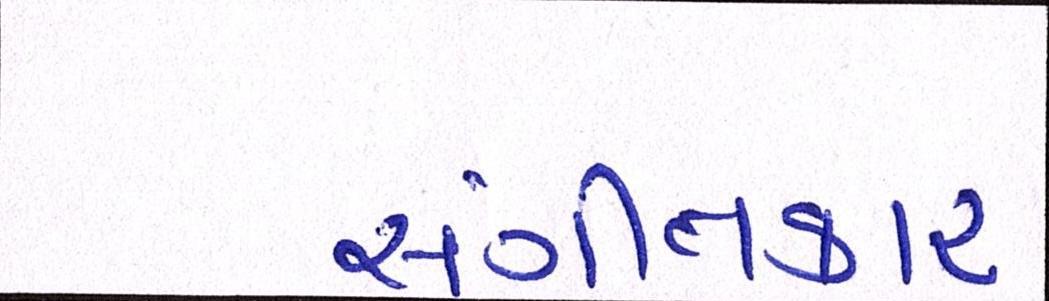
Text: સંગીતકાર